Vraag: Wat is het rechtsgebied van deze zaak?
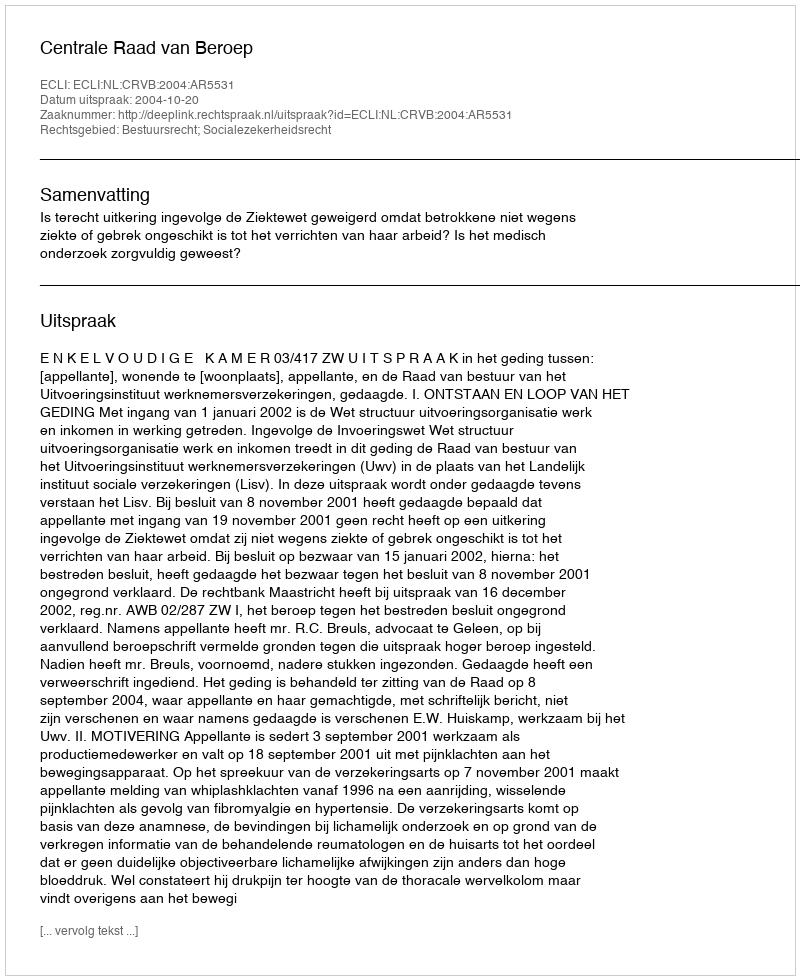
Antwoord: Bestuursrecht; Socialezekerheidsrecht